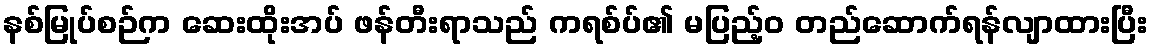
နစ်မြုပ်စဉ်က ဆေးထိုးအပ် ဖန်တီးရာသည် ကရစ်ပ်၏ မပြည့်ဝ တည်ဆောက်ရန်လျာထားပြီး